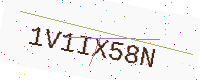
Text: 1V1IX58N